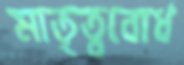
মাতৃত্ববোধ